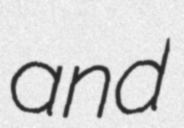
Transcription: and